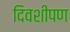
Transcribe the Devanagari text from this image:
दिवशीपण